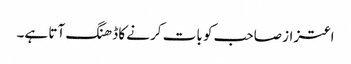
اعتزاز صاحب کو بات کرنے کا ڈھنگ آتا ہے۔